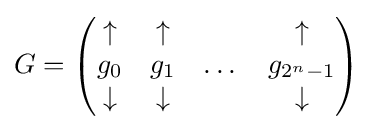
G={\begin{pmatrix}\uparrow &\uparrow &&\uparrow \\g_{0}&g_{1}&\dots &g_{2^{n}-1}\\\downarrow &\downarrow &&\downarrow \end{pmatrix}}